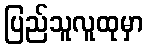
ပြည်သူလူထုမှာ